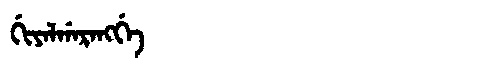
Manchu: ᡤᡳᠶᠠᠯᡤᠠᡵᠠᠩᡤᡝ
Romanization: GIYALGARANGGE